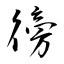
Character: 徬